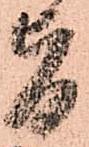
旨